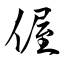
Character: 偓